Paatsalu_vallavalitsus, lk 13
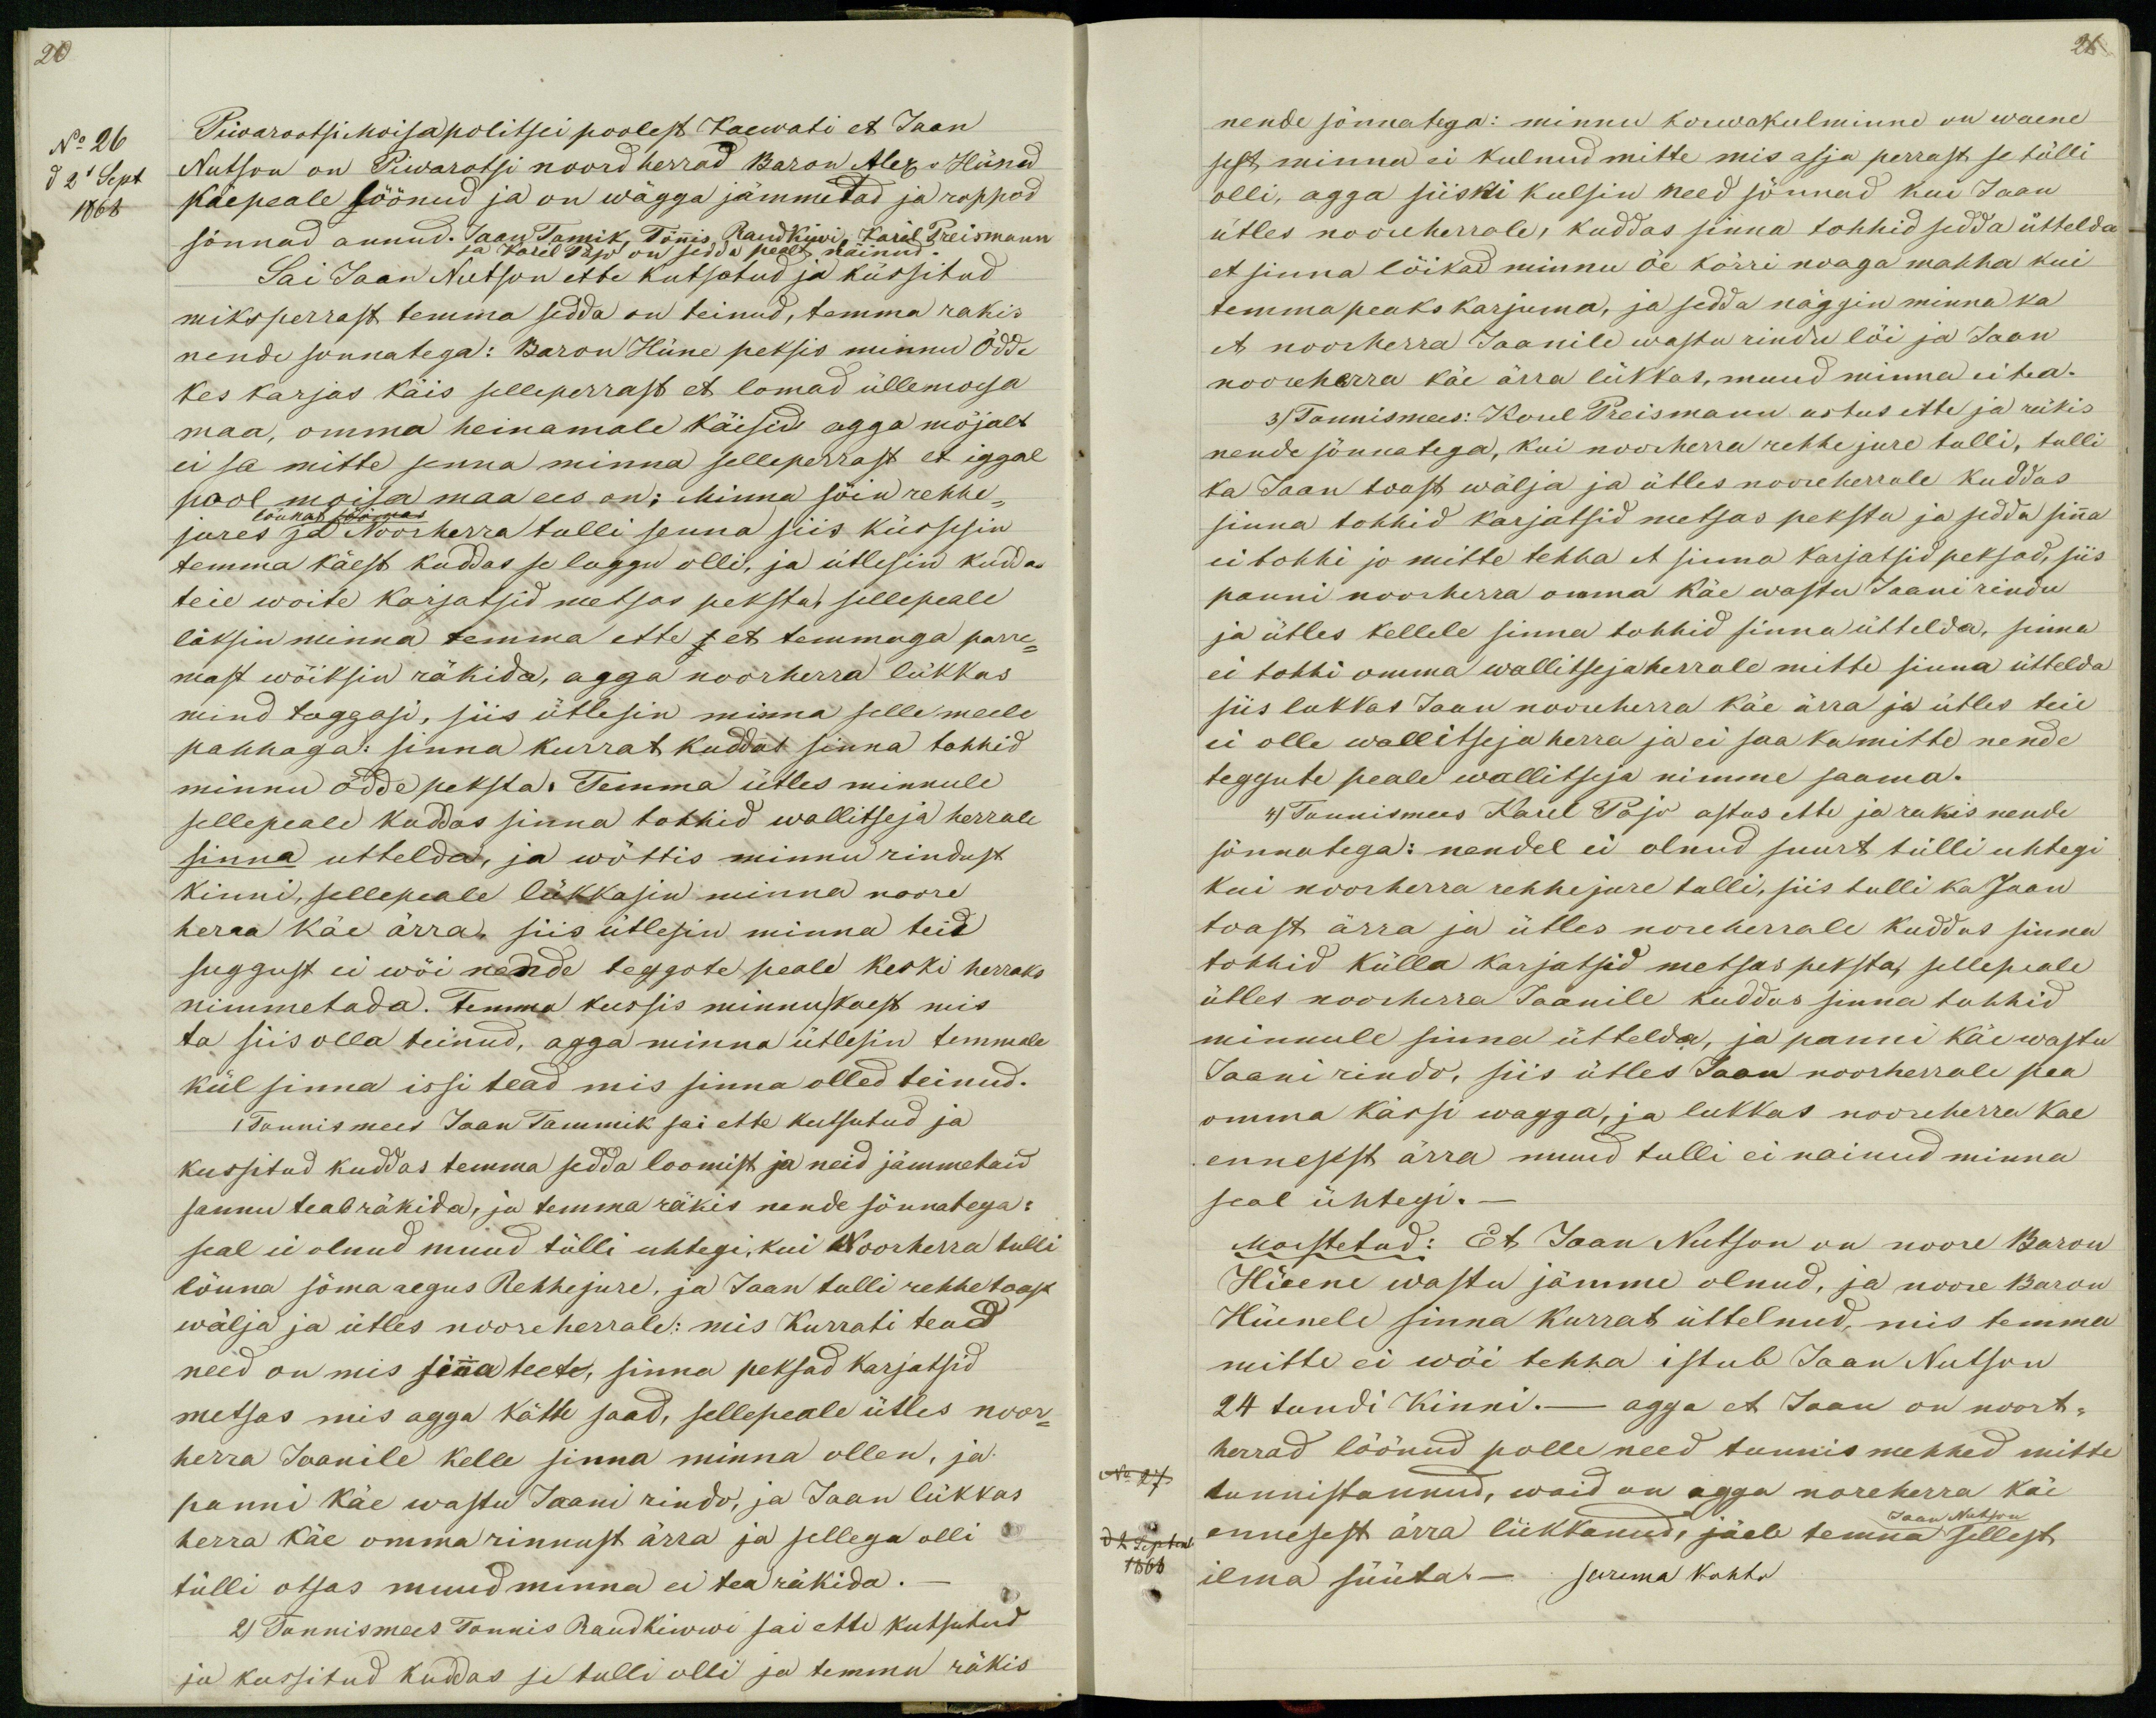
21

20
No 26
Piwarootsi Moisa politsei poolest Kaewati et Jaan
d 2l Sept
Nutson on Piwarotsi noord herrad Baron Alex v Hüned
1868
käepeale löönud ja on wägga jämmetad ja roppod
sõnnad annud. Jaan Tamik, Tõnnis Raudkiwi, Karel Preismann
ja Karel Pajo on sedda pealt näinud.
Sai Jaan Nutson ette kutsotud ja küssitud
miksperrast temma sedda on teinud, temma rakis
nende sonnatega: Baron Hüne peksis minnud Õdde
kes karjas käis selleperrast et lomad üllemoisa
maa, omma heinamale käisid agga mõjalt
ei sa mitte senna minna selleperrast et iggal
pool moisa maa ees on; Minna sõin rehhe-
lõunat söömas
jures ja Noorherra tulli senna siis küssesin
temma käest kuddas se luggu olli, ja ütlesin kuddas
teie woite karjatsid metsas peksta, sellepeale
läksin minna temma ette et temmaga parre-
mast wõiksin räkida, agga noorherra lükkas
mind taggasi, siis ütlesin minna selle meele
pahhaga: sinna kurrat kuddas sinna tohhid
minnu õdde peksta. Temma ütles minnule
sellepeale kuddas sinna tohhid wallitseja herrale
sinna uttelda, ja wõttis minnu rindust
kinni, sellepeale lükkasin minna noore
herra käe ärra, siis ütlesin minna teie
suggust ei wõi nende teggote peale keski herraks
nimmetada. Temma kussis minnukaest mis
ta siis olla teinud, agga minna ütlesin temmale
kül sinna issi tead mis sinna olled teinud.
1 Tunnis mees Jaan Tammik sai ette kutsutud ja
kussitud kuddas temma sedda loomist ja neid jämmetaid
sannu teab räkida, ja temma rääkis nende sõnnatega:
seal ei olnud muud tülli uhtegi, kui Noorherra tulli
lõuna söma aegus Rehhejure, ja Jaan tulli rehhe toast
wälja ja ütles nooreherrale: mis Kurrati teod
need on mis sinna teete, sinna peksad karjatsid
metsas mis agga kätte saad, sellepeale ütles noor-
herra Jaanile kelle sinna minna ollen, ja
panni käe wastu Jaani rindo, ja Jaan lükkas
herra käe omma rinnust ärra ja sellega olli
tülli otsas muud minna ei tea räkida._
2) Tunnismees Tonnis Raudkiwwi sai ette kutsutud
ja kussitud kuddas se tulli olli ja temma räkis

nende sõnnatega: minnu korwakulminne on waene
sest minna ei kulnud mitte mis asja perrast se tülli
olli, agga siiski kulsin need sõnnad kui Jaan
ütles nooreherrale, kuddas sinna tohhid sedda üttelda
et sinna lõikad minnu õe kõrri noaga mahha kui
temma peaks karjuma, ja sedda näggin minna ka
et noorherra Jaanile wastu rindu lõi ja Jaan
nooreherra käe ärra lükkas, muud minna ei tea.
3) Tunnismees: Koul Preismann astus ette ja räkis
nende sõnnatega, kui noorherra rehhe jure tulli, tulli
ka Jaan toast wälja ja ütles nooreherrale kuddas
sinna tohhid karjatsid metsas peksta ja sedda sinna
ei tohhi jo mitte tehha et sinna karjatsid peksad, siis
panni noorherra omma käe wastu Jaani rindu
ja ütles kellele sinna tohhid sinna üttelda, sinna
ei tohhi omma wallitseja herrale mitte sinna üttelda
siis lukkas Jaan nooreherra käe ärra ja ütles teie
ei olle wallitseja herra ja ei saa ka mitte nende
teggute peale wallitseja nimme saama.
4) Tunnismees Karel Pajo astus ette ja rakis nende
sõnnatega: nendel ei olnud suurt tülli uhtegi
kui noorherra rehhejure tulli, siis tulli ka Jaan
toast ärra ja ütles noreherrale kuddus sinna
tohhid külla karjatsid metsas peksta, sellepeale
ülles noorherra Jaanile kuddas sinna tohhid
minnule sinna üttelda, ja panni käe wastu
Jaani rindo, siis ütles Jaan noorherrale pea
omma kässi wagga, ja lukkas nooreherra kae
ennesest ärra muud tulli ei nainud minna
seal ühtegi._
Moistetud: Et Jaan Nutson on noore Baron
Hüene wastu jämme olnud, ja noore Baron
Hüenele sinna kurrat üttelnud, mis temma
mitte ei wõi tehha istub Jaan Nutson
24 tundi kinni._ agga et Jaan on noort-
herrad löönud polle need tunnis mehhed mitte
No 27
tunnistannud, waid on agga noreherra käe
Jaan Nutson
d 2 Septemb
ennesest ärra lükkanud, jäeb temma sellest
1868
ilma süüta._ surema kohto